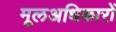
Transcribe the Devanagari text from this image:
मूलअधिकारों